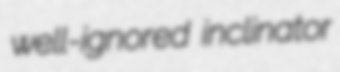
well-ignored inclinator